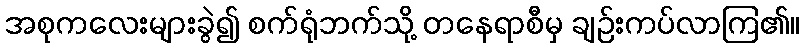
အစုကလေးများခွဲ၍ စက်ရုံဘက်သို့ တနေရာစီမှ ချဉ်းကပ်လာကြ၏။